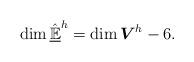
LaTeX: \begin{align*}\dim \hat{\underline{\mathbb{E}}}^{h} = \dim \boldsymbol{V}^{h} - 6.\end{align*}